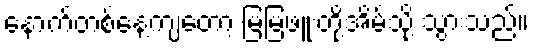
နောက်တစ်နေ့ကျတော့ မြမြဖူးတို့အိမ်သို့ သွားသည်။